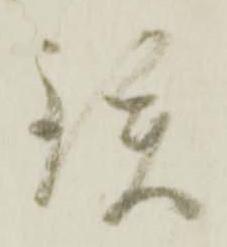
鉄